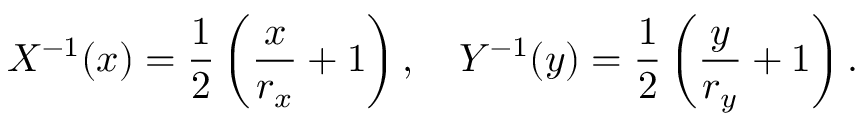
X ^ { - 1 } ( x ) = \frac { 1 } { 2 } \left( \frac { x } { r _ { x } } + 1 \right) , \quad Y ^ { - 1 } ( y ) = \frac { 1 } { 2 } \left( \frac { y } { r _ { y } } + 1 \right) .